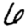
Digit: 6